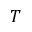
T